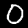
Label: 0